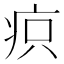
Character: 疻